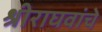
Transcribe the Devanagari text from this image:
श्रीराघवांचे